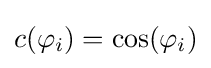
c(\varphi _{i})=\cos(\varphi _{i})